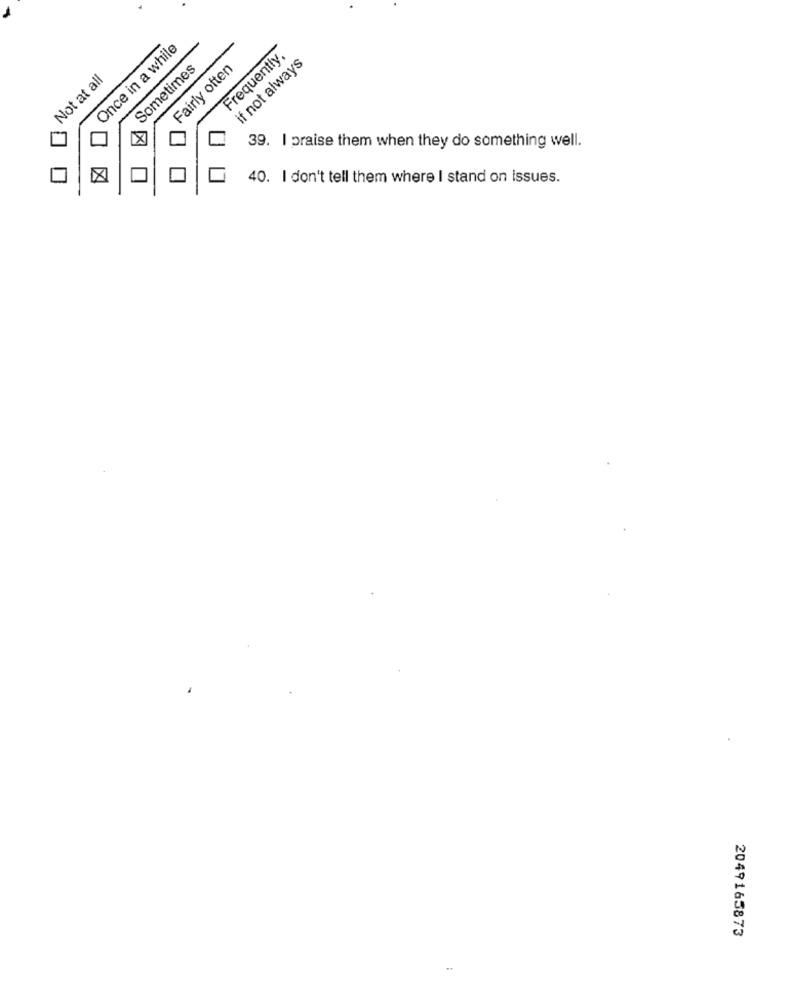
Once in a while
Frequently,
if not always
Sometimes
Fairly often
Not at all
39. I praise them when they do something well.
40. I don't tell them where I stand on issues.
2049165873